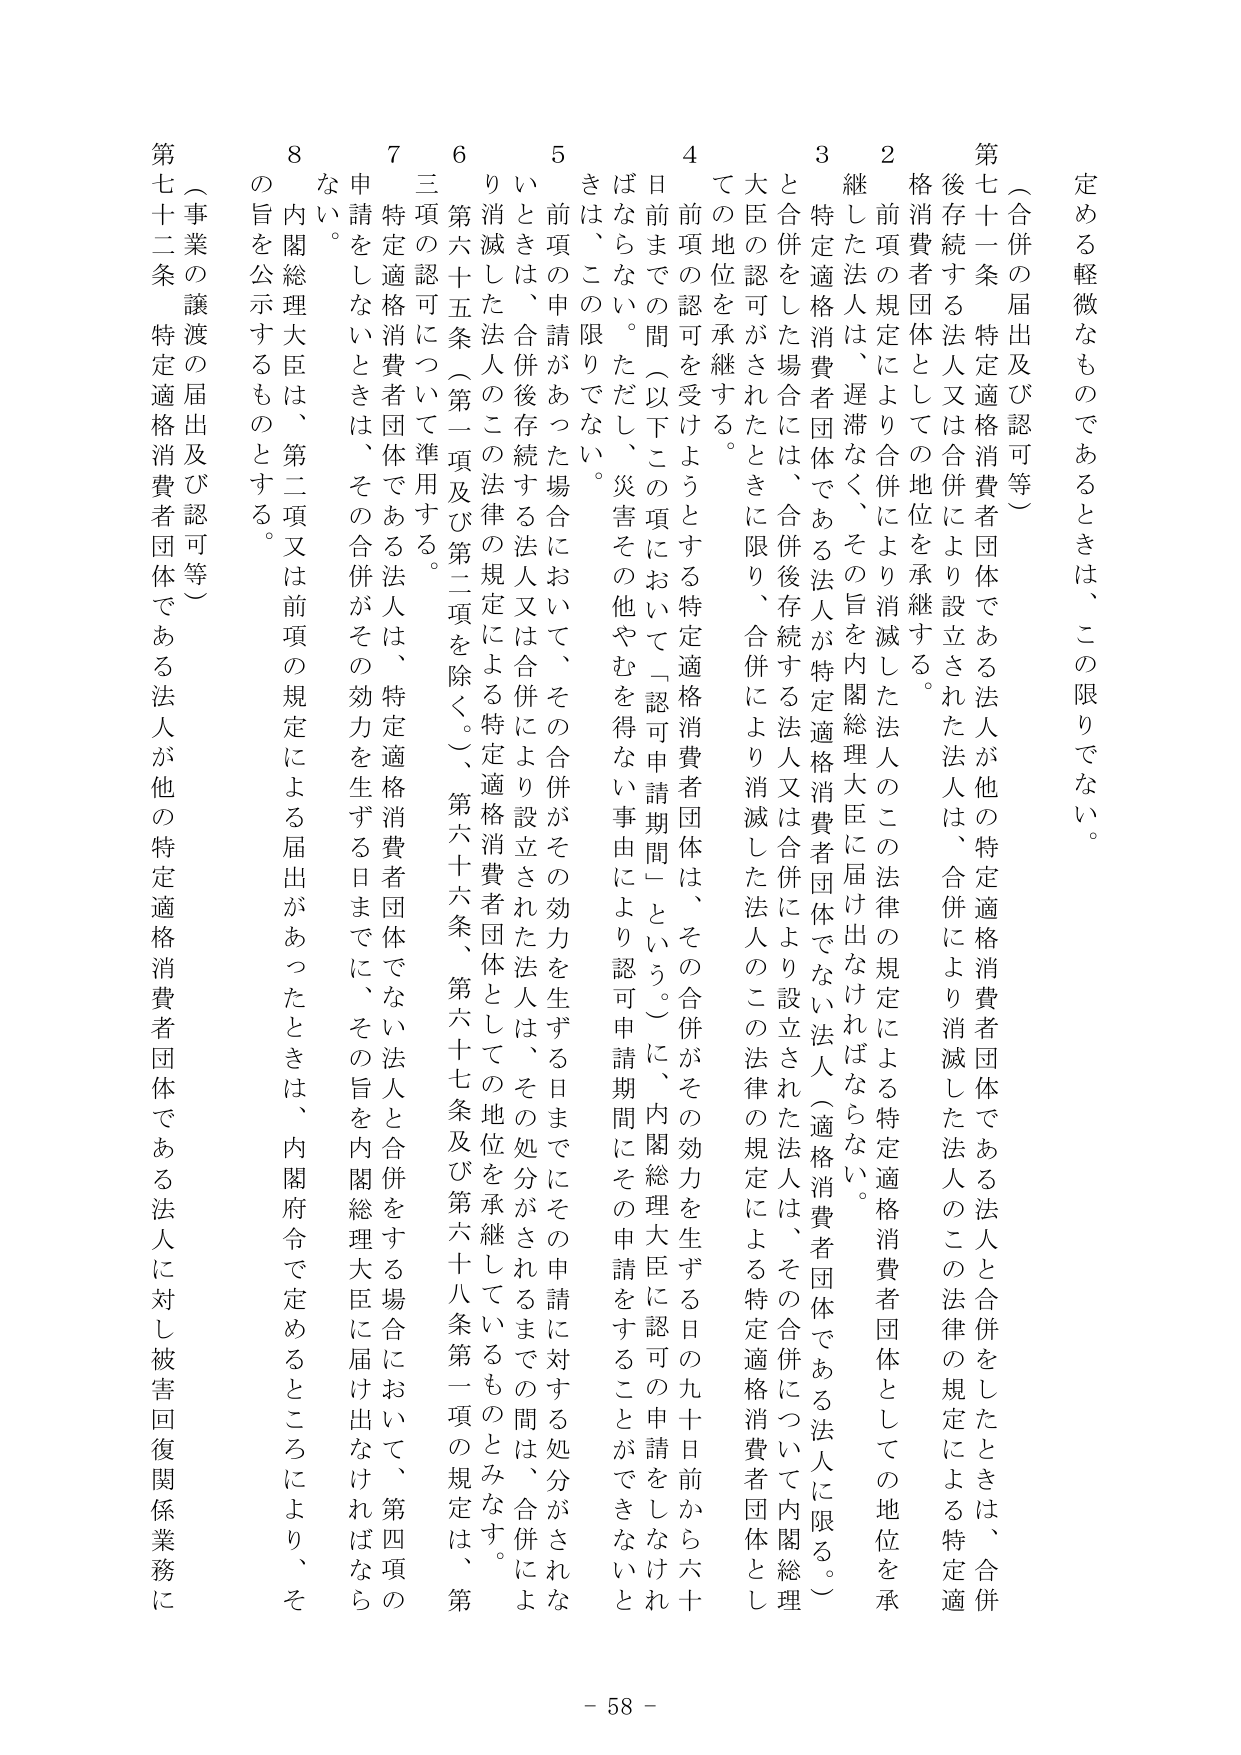
定める軽微なものであるときは、この限りでない。

（合併の届出及び認可等）

第七十一条 特定適格消費者団体である法人が他の特定適格消費者団体である法人と合併をしたときは、合併後存続する法人又は合併により設立された法人は、合併により消滅した法人のこの法律の規定による特定適格消費者団体としての地位を承継する。

２ 前項の規定により合併により消滅した法人のこの法律の規定による特定適格消費者団体としての地位を承継した法人は、遅滞なく、その旨を内閣総理大臣に届け出なければならない。

３ 特定適格消費者団体である法人が特定適格消費者団体でない法人（適格消費者団体である法人に限る。）と合併をした場合には、合併後存続する法人又は合併により設立された法人は、その合併について内閣総理大臣の認可がされたときに限り、合併により消滅した法人のこの法律の規定による特定適格消費者団体としての地位を承継する。

４ 前項の認可を受けようとする特定適格消費者団体は、その合併がその効力を生ずる日の九十日前から六十日前までの間（以下この項において「認可申請期間」という。）に、内閣総理大臣に認可の申請をしなければならない。ただし、災害その他やむを得ない事由により認可申請期間にその申請をすることができないときは、この限りでない。

５ 前項の申請があった場合において、その合併がその効力を生ずる日までにその申請に対する処分がされないときは、合併後存続する法人又は合併により設立された法人は、その処分がされるまでの間は、合併により消滅した法人のこの法律の規定による特定適格消費者団体としての地位を承継しているものとみなす。

６ 第六十五条（第一項及び第二項を除く。）、第六十六条、第六十七条及び第六十八条第一項の規定は、第三項の認可について準用する。

７ 特定適格消費者団体である法人は、特定適格消費者団体でない法人と合併をする場合において、第四項の申請をしないときは、その合併がその効力を生ずる日までに、その旨を内閣総理大臣に届け出なければならない。

８ 内閣総理大臣は、第二項又は前項の規定による届出があったときは、内閣府令で定めるところにより、その旨を公示するものとする。

（事業の譲渡の届出及び認可等）

第七十二条 特定適格消費者団体である法人が他の特定適格消費者団体である法人に対し被害回復関係業務に

- 58 -